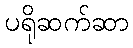
ပရိုဆက်ဆာ